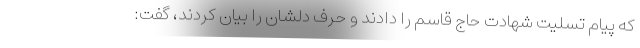
که پیام تسلیت شهادت حاج قاسم را دادند و حرف دلشان را بیان کردند، گفت: